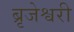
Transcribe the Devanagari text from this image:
ब्रृजेश्वरी